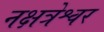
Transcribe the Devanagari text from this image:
नक्षत्रेश्वर